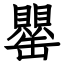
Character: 罌